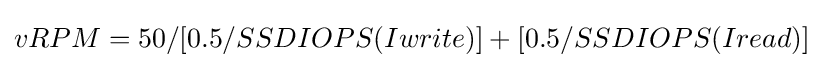
vRPM=50/[0.5/SSDIOPS(Iwrite)]+[0.5/SSDIOPS(Iread)]